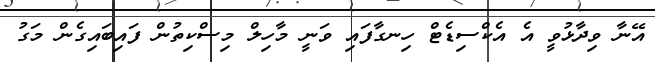
އޭނާ ވިދާޅުވީ އެ އެކްސިޑެޓް ހިނގާފައި ވަނީ މާހިލް މިސްކިތުން ފައިބައިގެން މަގު